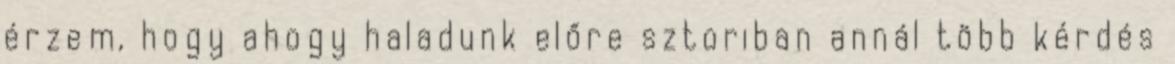
érzem, hogy ahogy haladunk előre sztoriban annál több kérdés